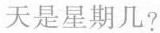
天是星期几?